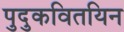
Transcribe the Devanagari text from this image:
पुदुकवितयिन